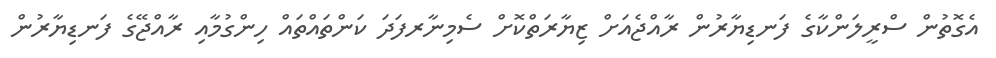
އެގޮތުން ސްރީލަންކާގެ ފަނޑިޔާރުން ރާއްޖެއަށް ޒިޔާރަތްކޮށް ސެމިނާރފަދަ ކަންތައްތައް ހިންގުމާއި ރާއްޖޭގެ ފަނޑިޔާރުން